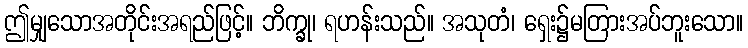
ဤမျှသောအတိုင်းအရည်ဖြင့်။ ဘိက္ခု၊ ရဟန်းသည်။ အသုတံ၊ ရှေး၌မတြားအပ်ဘူးသော။